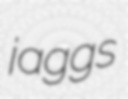
jaggs